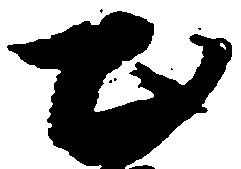
出